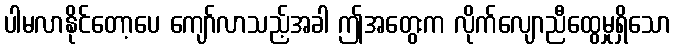
ပါမလာနိုင်တော့ပေ ကျော်လာသည့်အခါ ဤအတွေးက လိုက်လျောညီထွေမှုရှိသော